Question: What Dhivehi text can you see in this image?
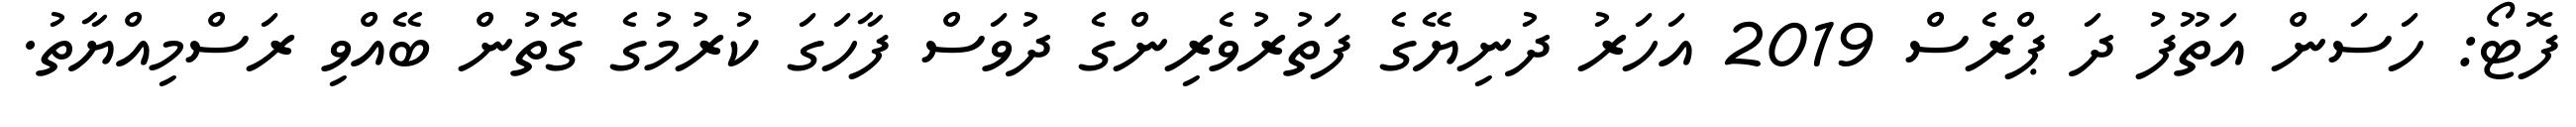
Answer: ފޮޓޯ: ހަސަން އަތޫފު ދަ ޕްރެސް 2019 އަހަރު ދުނިޔޭގެ ފަތުރުވެރިންގެ ދުވަސް ފާހަގަ ކުރުމުގެ ގޮތުން ބޭއްވި ރަސްމިއްޔާތު.